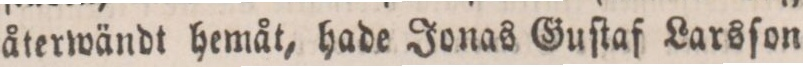
återwändt hemåt, hade Jonas Guſtaf Larsſon